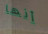
أنها